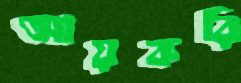
আয়করি